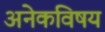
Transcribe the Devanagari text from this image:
अनेकविषय